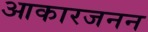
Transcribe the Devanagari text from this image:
आकारजनन